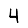
Digit: 4